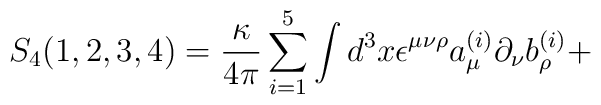
S_4(1,2,3,4)={\kappa\over 4\pi}\sum_{i=1}^5\int d^3x\epsilon^{\mu\nu\rho}a_\mu^{(i)}\partial_\nu b^{(i)}_\rho+